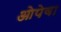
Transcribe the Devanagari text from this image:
ओपेवा